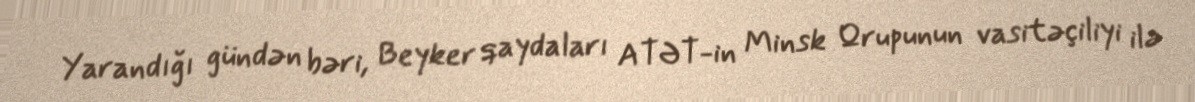
Yarandığı gündən bəri, Beyker qaydaları ATƏT-in Minsk Qrupunun vasitəçiliyi ilə